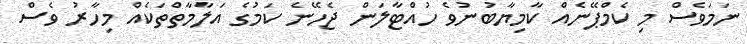
ނަމަވެސް މި ކެމްޕޭނެއް ކާމިޔާބުނުވެ ހުއްޓާލަން ޖެހޭނެ ކަމުގެ އަލާމާތްތަކެއް މިހާރު ވެސް